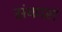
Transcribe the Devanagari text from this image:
संकासं